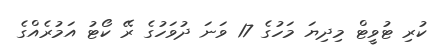
ކުރި ޓުވީޓް މިދިޔަ މަހުގެ 17 ވަނަ ދުވަހުގެ ރޭ ކޯޓު އަމުރެއްގެ